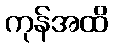
ကုန်အထိ